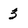
Character: 3